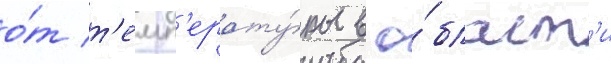
о́т т'емп'ерату́ры в о́бласт'и